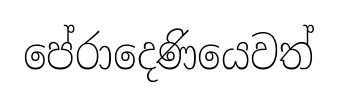
පේරාදෙණියෙවත්